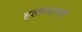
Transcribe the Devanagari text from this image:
हलण्यामागे